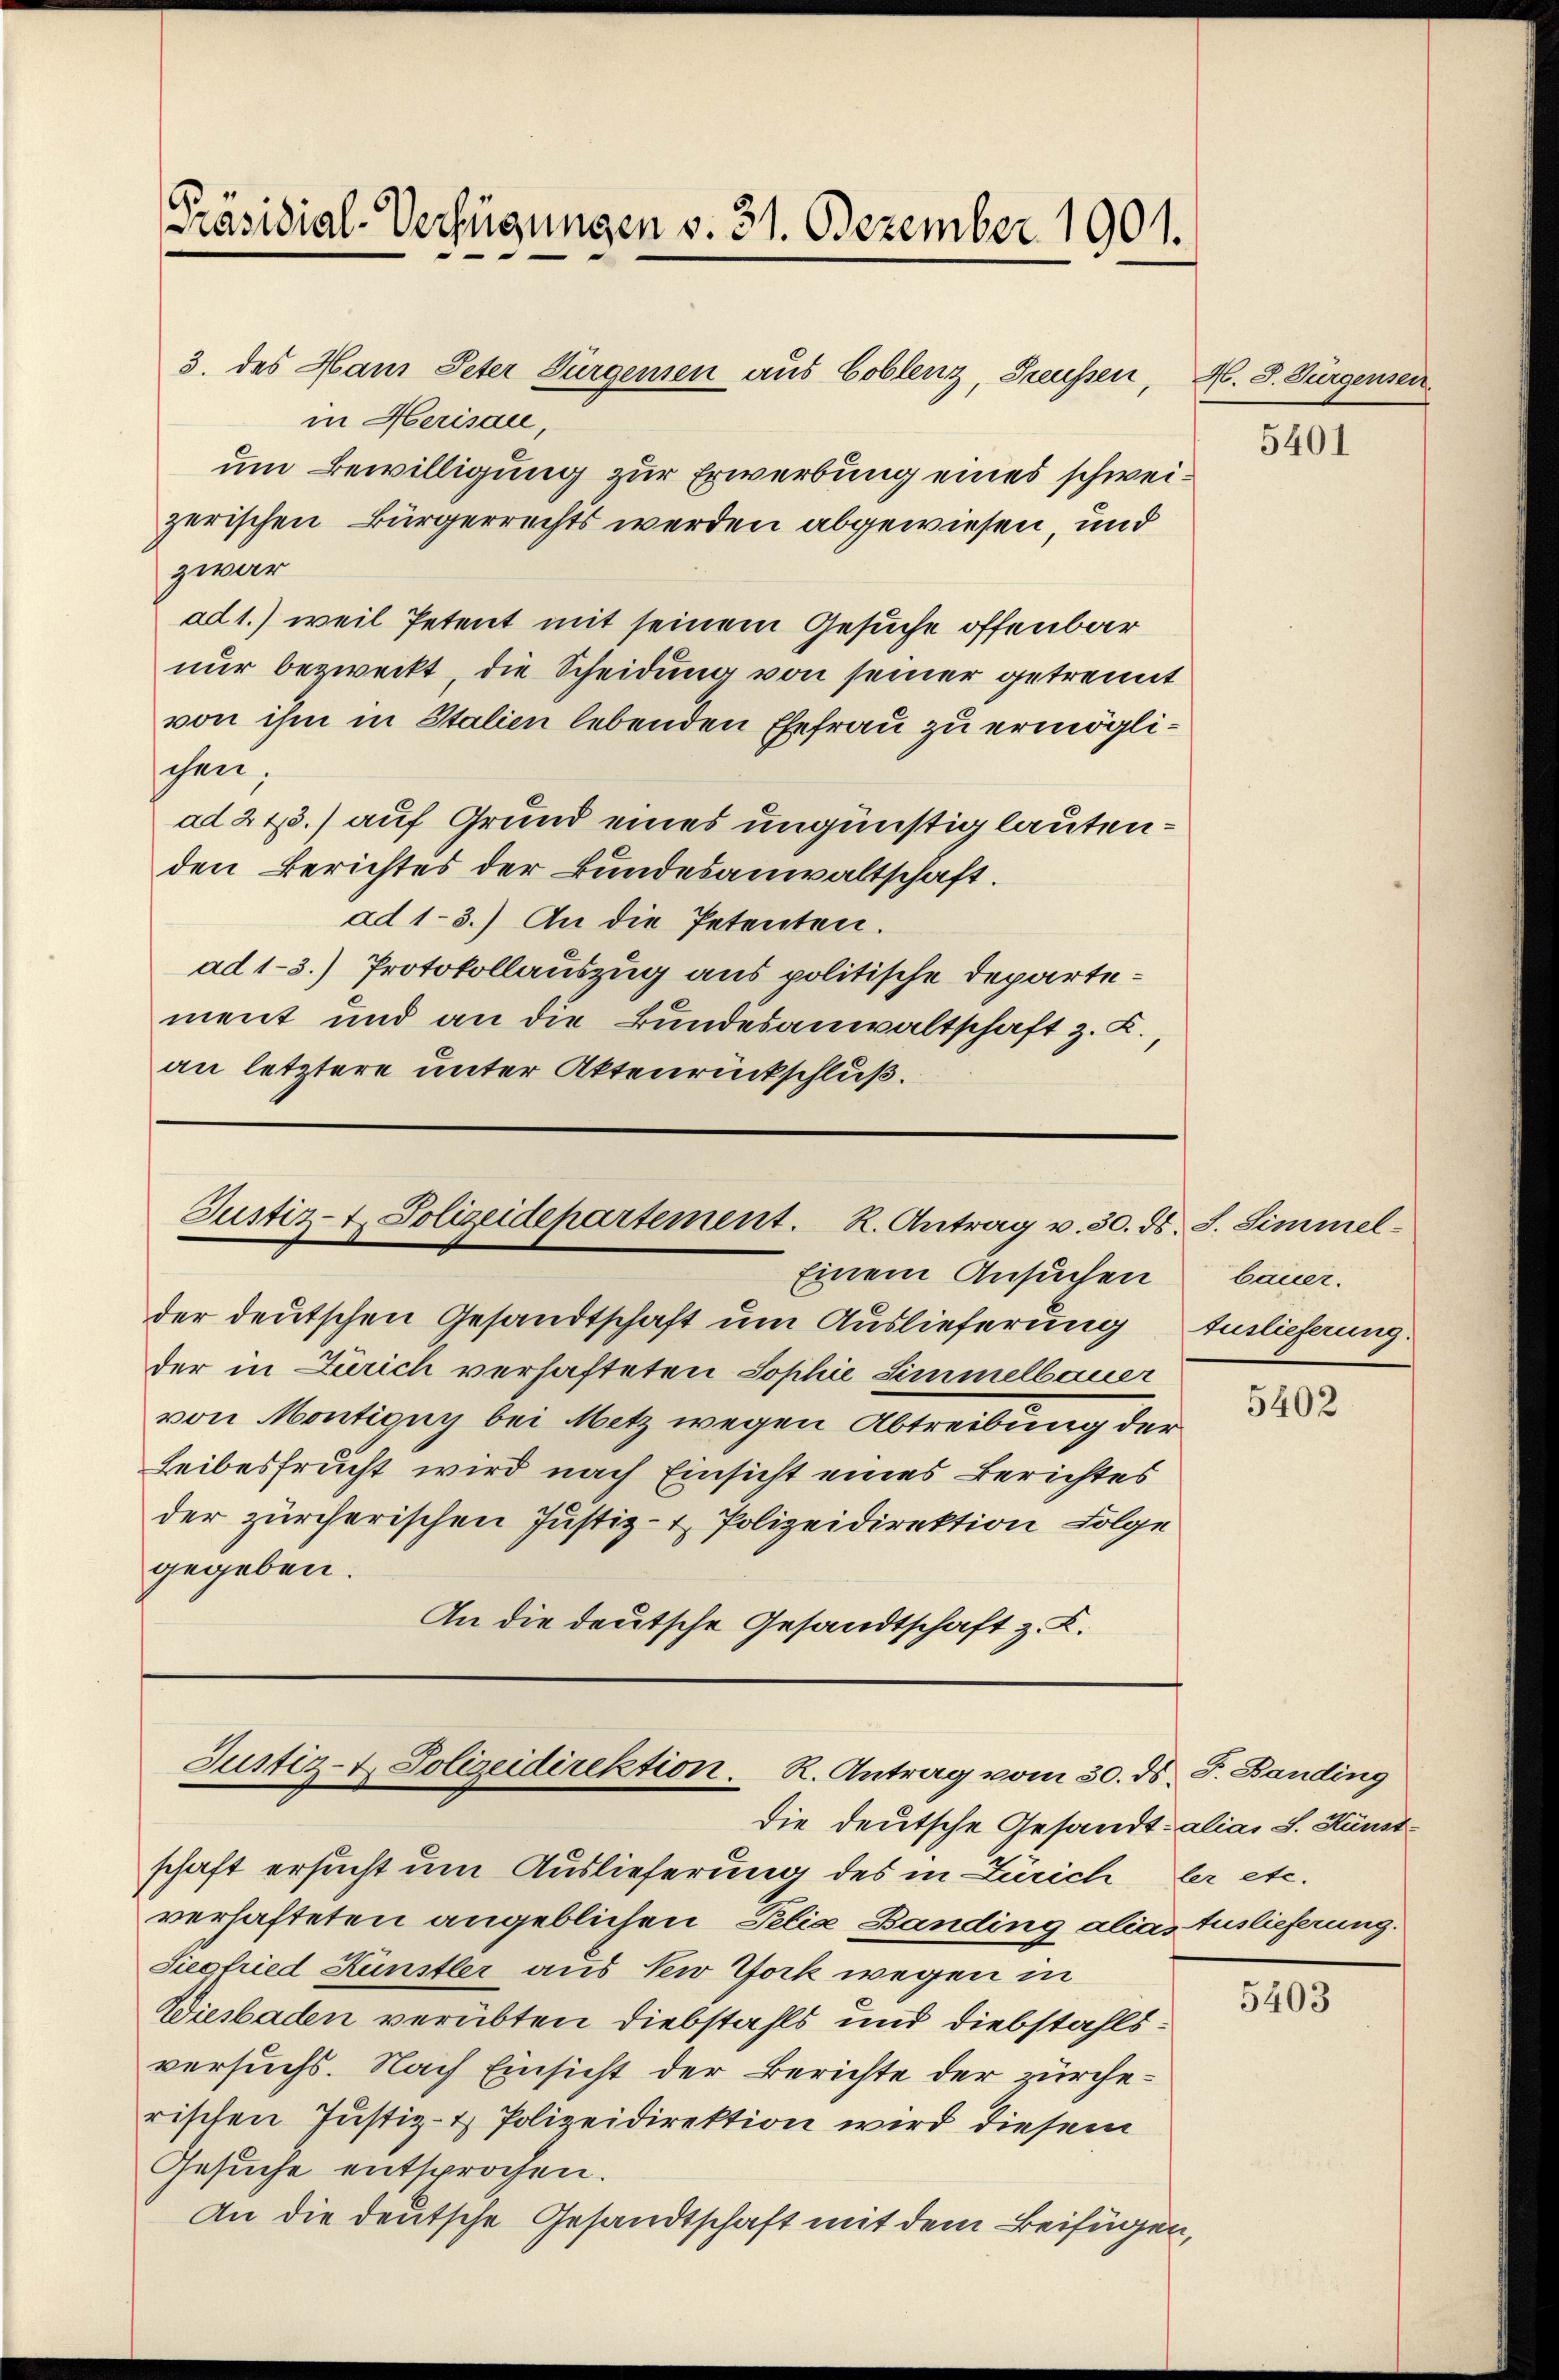
Präsidial-Verfügungen v. 31. Dezember 1901.

Justiz- & Polizeidepartement. K. Antrag v. 30. ds. S. Simmel¬
Einem Ansuchen

3. des Haus Peter Bürgensen aus Coblenz, Preussen,
in Herisau,
um Bewilligung zur Erwerbung eines schweizerischen Bürgerrechts werden abgewiesen, und
zwar
ad 1.) weil Petent mit seinem Gesuche offenbar
nur bezweckt, die Scheidung von seiner getrennt
von ihm in Italien lebenden Ehefrau zu ermöglischen,
ad 213.) auf Grund eines ungünstig lautenden Berichtes der Bundesanwaltschaft.
ad 1-3.) An die Petenten.
ad 1-3.) Protokollauszug aus politische Departement und an die Bundesanwaltschaft z. K.,
an letztere unter Aktenrückschluß.

der deutschen Gesandtschaft um Auslieferung
der in Zürich verhafteten Sophie Simmelbauer
von Montigny bei Metz wegen Abtreibung der
Leibesfrucht wird nach Einsicht eines Berichtes
der zürcherischen Justiz- & Polizeidirektion Folge
gegeben.
An die deutsche Gesandtschaft z. K.

Justiz- u. Polizeidirektion. R. Antrag vom 30. ds. J. Banding
die deutsche Gesandt alias S. Künstschaft ersucht um Auslieferung des in Zürich er etc.

verhafteten angeblichen, Pelia Banding alias Auslieferung.
Siegfried Künstler aus New York wegen in
Wiesbaden verübten Diebstahls und diebstahlsversuchs. Nach Einsicht der Berichte der zürcherischen Justiz- & Polizeidirektion wird diesem
Gesuche entsprochen.
An die deutsche Gesandtschaft mit dem Beifügen,

H. J. Turgensen
5401

bauer.
Auslieferung.

5402

5403